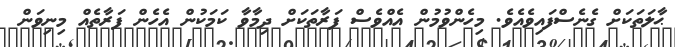
ޙާލަތަކަށް ގެނެސްފައިވެއެވެ. މިހެންވުމުން އެއްވެސް ފަރާތަކަށް ދިމާވާ ކަމަކުން އެހެން ފަރާތެއް މިނިވަން